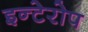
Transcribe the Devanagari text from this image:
इन्टेरोप